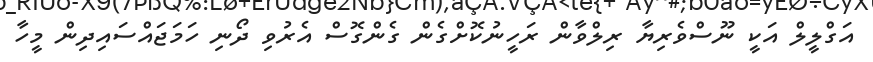
އަގްލީލް އަކީ ނޫސްވެރިޔާ ރިލްވާން ރަހީނުކޮށްގެން ގެންގޮސް އެރުވި ދޯނި ހަމަޖައްސައިދިން މީހާ